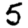
Digit: 5